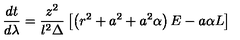
\frac { d t } { d \lambda } = \frac { z ^ { 2 } } { l ^ { 2 } \Delta } \left[ \left( r ^ { 2 } + a ^ { 2 } + a ^ { 2 } \alpha \right) E - a \alpha L \right]